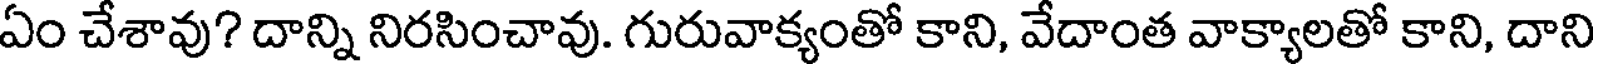
ఏం చేశావు? దాన్ని నిరసించావు. గురువాక్యంతో కాని, వేదాంత వాక్యాలతో కాని, దాని